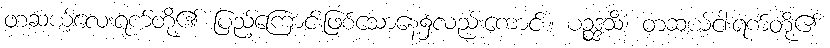
တဆယ့်လေးရက်တို့၏ ပြည့်ကြောင်းဖြစ်သောနေ့၌လည်းကောင်း။ ပဉ္စဒ္ဒသိံ၊ တဆယ့်ငါးရက်တို့၏